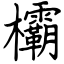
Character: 欛